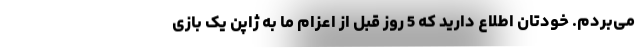
می‌بردم. خودتان اطلاع دارید که 5 روز قبل از اعزام ما به ژاپن یک بازی